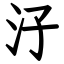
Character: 汓